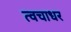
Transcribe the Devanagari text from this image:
त्वचाधर